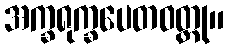
အက္ခရုက္ခပေတဝတ္ထု။